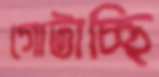
গোটাচ্ছি